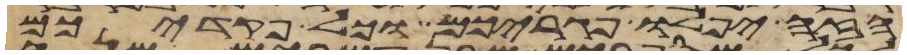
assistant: הזה יפלו פגריכם וכל פקדיכם